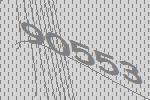
90553